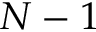
N - 1